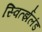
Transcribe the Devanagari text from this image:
स्विर्त्झलंड